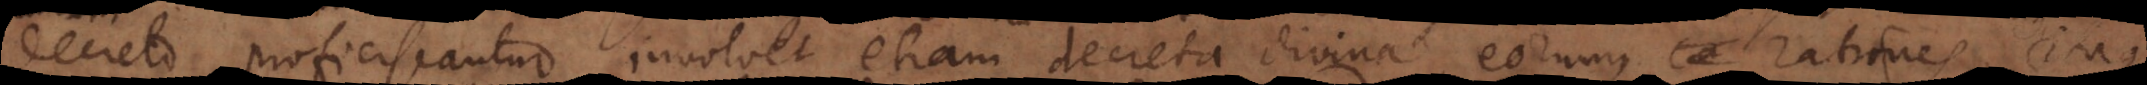
decreto proficiscantur, involvet etiam decreta divina, eorumque rationes. Itaque